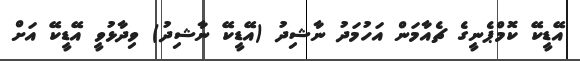
އޭޑީކޭ ކޮމްޕެނީގެ ޗެއާމަން އަހުމަދު ނާޝިދު (އޭޑީކޭ ނާޝިދު) ވިދާޅުވީ އޭޑީކޭ އަށް